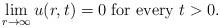
LaTeX: \begin{align*}\lim_{r\to\infty}u(r,t)=0 \mbox{ for every } t>0.\end{align*}